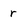
Character: r